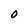
Character: O